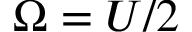
\Omega = U / 2